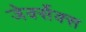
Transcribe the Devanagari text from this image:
जेर्क्सेक्स